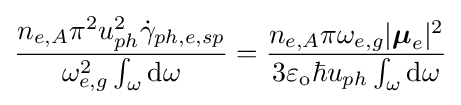
{\frac {n_{e,A}\pi ^{2}u_{ph}^{2}{\dot {\gamma }}_{ph,e,sp}}{\omega _{e,g}^{2}\int _{\omega }\mathrm {d} \omega }}={\frac {n_{e,A}\pi \omega _{e,g}|{\boldsymbol {\mu }}_{e}|^{2}}{3\varepsilon _{\mathrm {o} }\hbar u_{ph}\int _{\omega }\mathrm {d} \omega }}